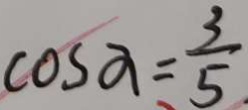
\cos a = \frac { 3 } { 5 }